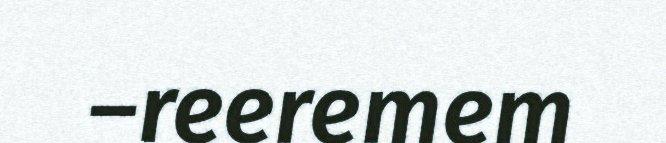
–reeremem